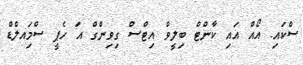
ސްކައި. އޯއް އައި ކާންޓް ބިލީވް އިޓްސް ގިވިންގް އަ ހެޕީ ސްމަިއލްޑް